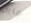
ماين